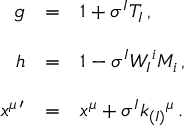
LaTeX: \begin{array} { r c l } { { g } } & { { = } } & { { 1 + \sigma ^ { I } T _ { I } \, , } } \\ { { } } & { { } } & { { } } \\ { { h } } & { { = } } & { { 1 - \sigma ^ { I } W _ { I } { } ^ { i } M _ { i } \, , } } \\ { { } } & { { } } & { { } } \\ { { x ^ { \mu \, \prime } } } & { { = } } & { { x ^ { \mu } + \sigma ^ { I } k _ { ( I ) } { } ^ { \mu } \, . } } \end{array}